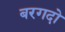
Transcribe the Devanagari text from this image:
बरगदो